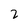
Character: 2